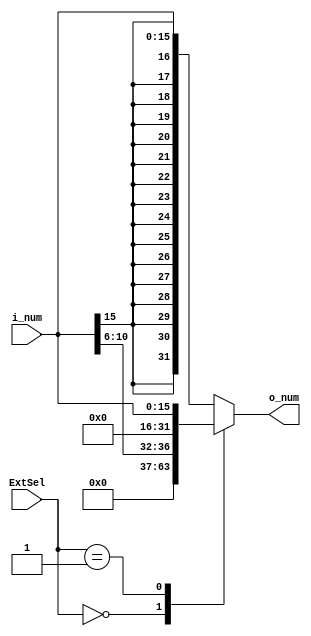
`timescale 1ns / 1ps    
module SignExtend(i_num, ExtSel, o_num);
    input [15:0] i_num;
    input [1:0] ExtSel;
    output reg[31:0] o_num;
    initial begin
        o_num = 0;
    end
    always @(i_num or ExtSel) begin
        case(ExtSel)
            2'b00: o_num <= {{27'o000000000}, i_num[10:6]};
            2'b01: o_num <= {{16'h0000}, i_num[15:0]};
            2'b10: o_num <= {{16{i_num[15]}}, i_num[15:0]};
            default: o_num <= {{16{i_num[15]}}, i_num[15:0]}; 
        endcase
    end
endmodule